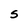
Character: S